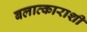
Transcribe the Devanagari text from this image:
बलात्काराशी